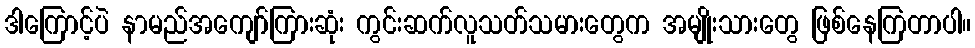
ဒါကြောင့်ပဲ နာမည်အကျော်ကြားဆုံး ကွင်းဆက်လူသတ်သမားတွေက အမျိုးသားတွေ ဖြစ်နေကြတာပါ။